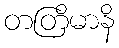
တတြိမာနိ